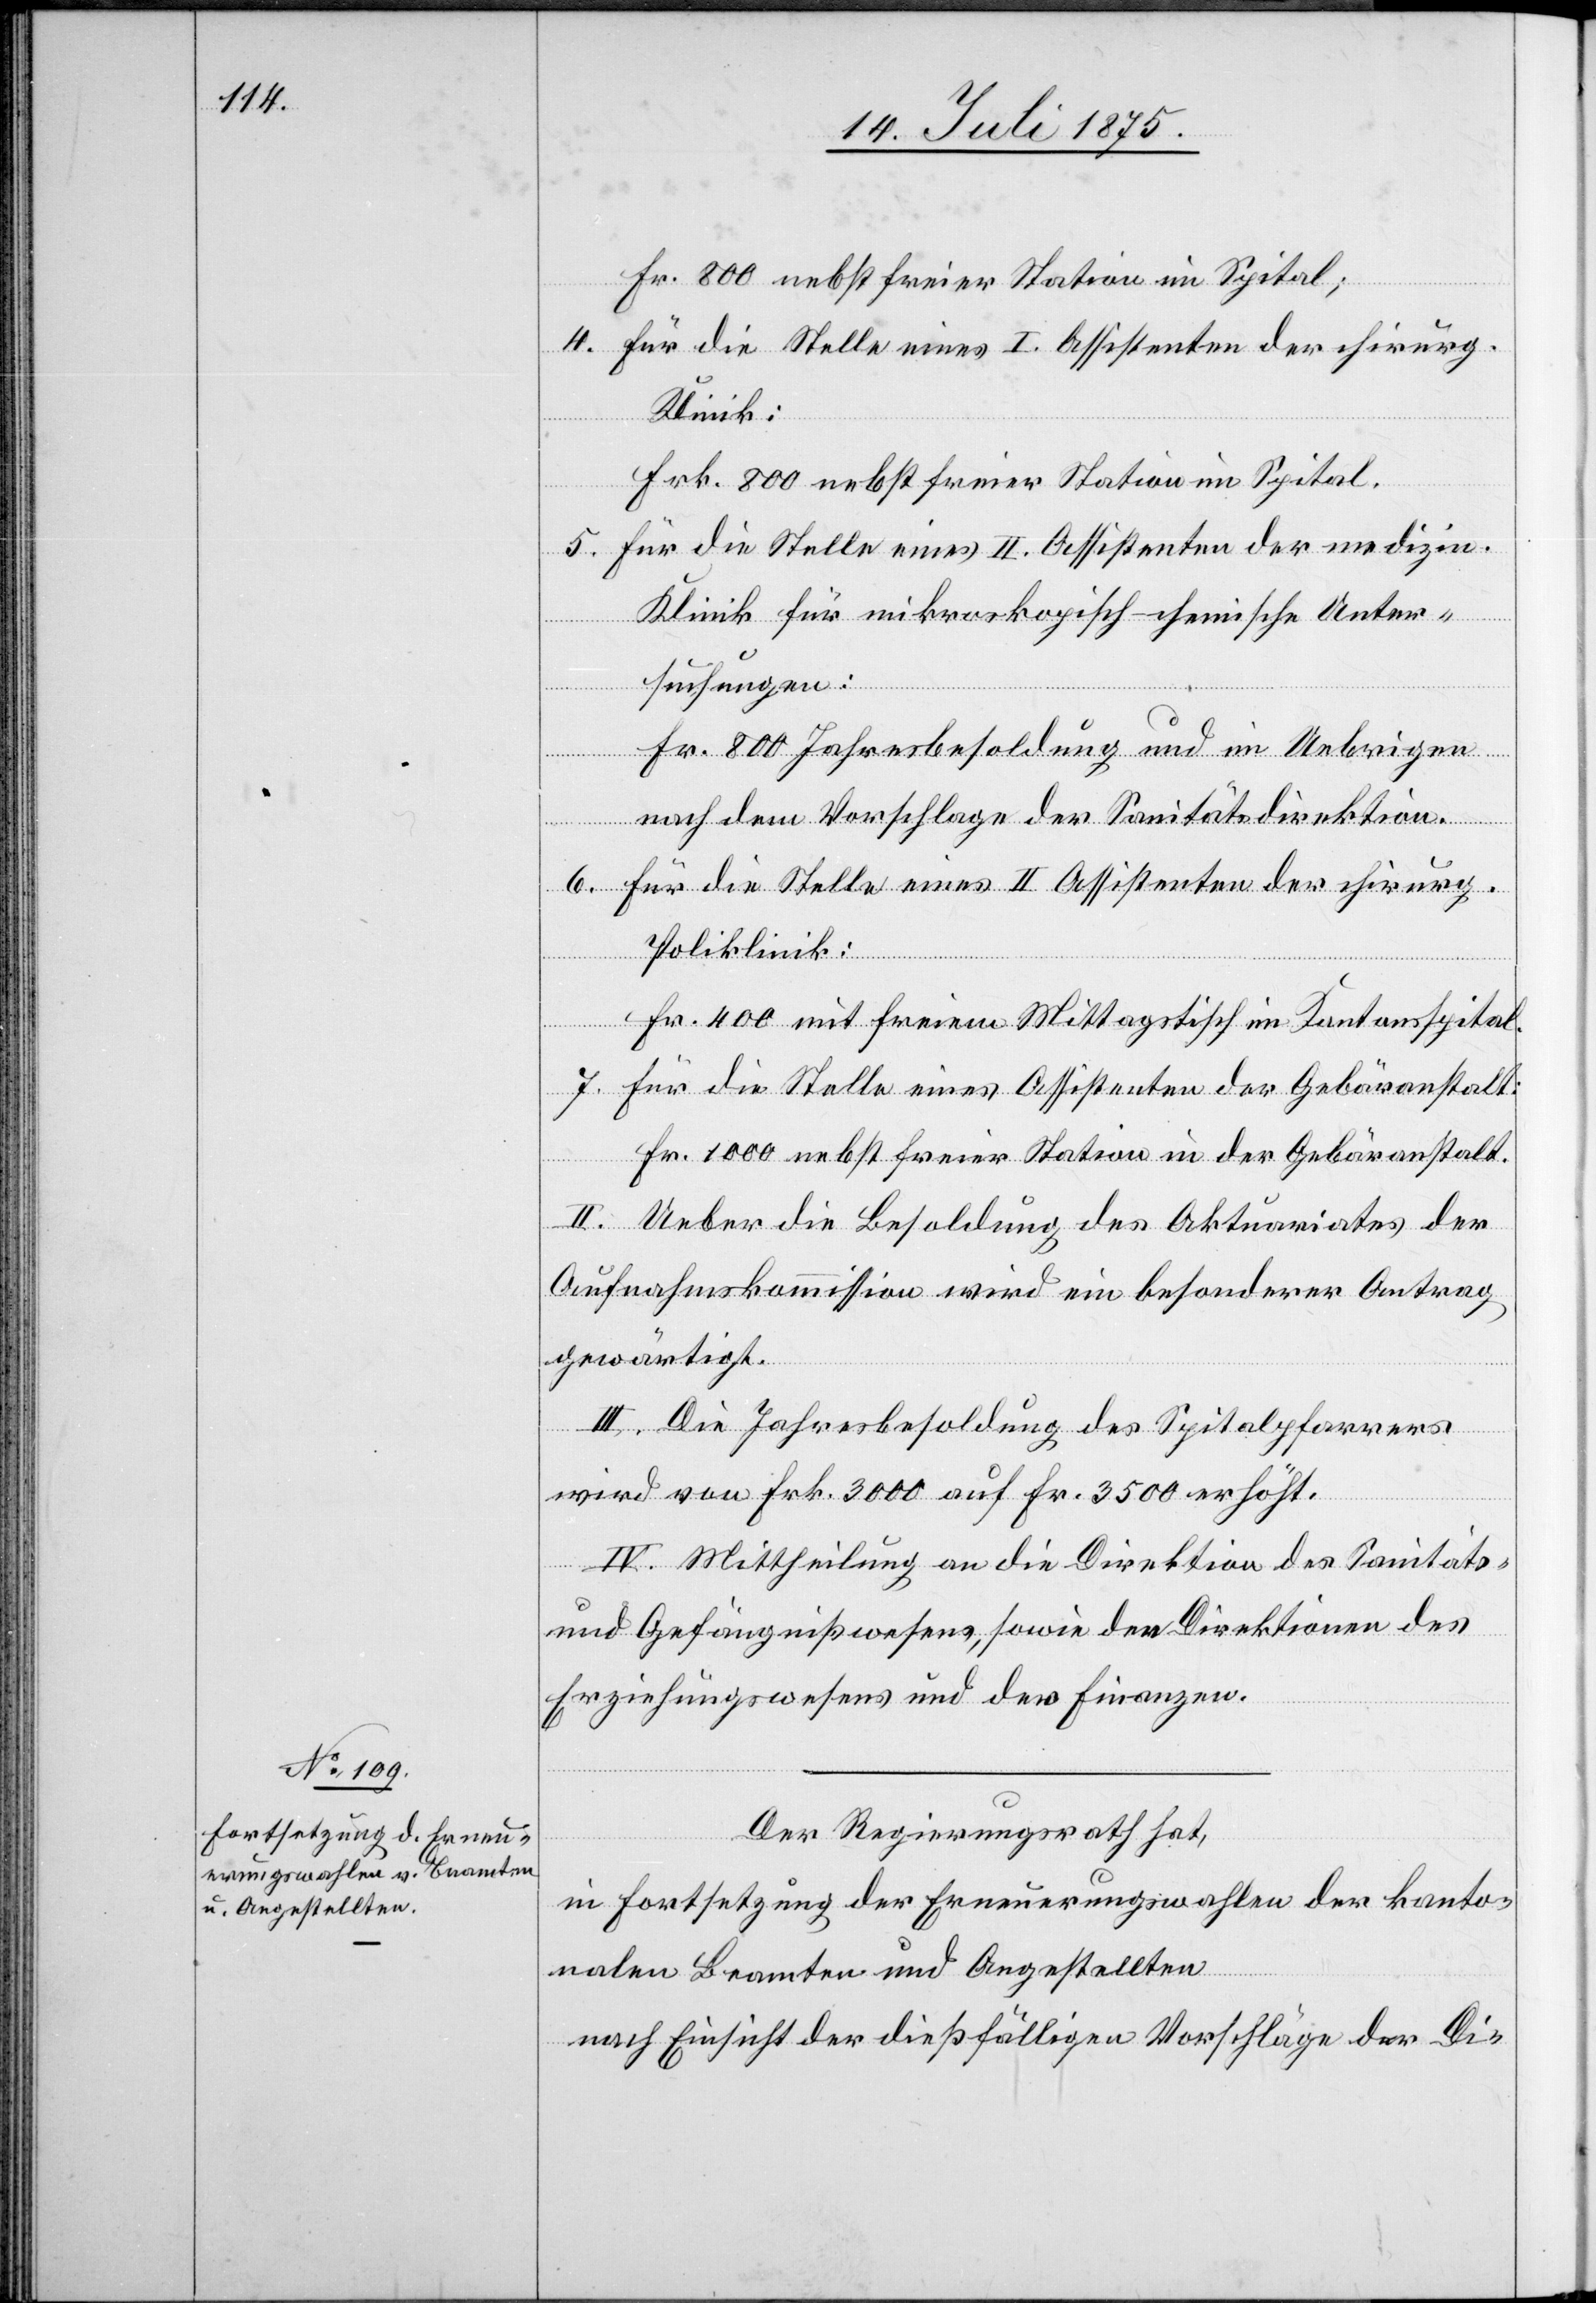
Fr. 800 nebst freier Station im Spital;
4. Für die Stelle eines I. Assistenten der chirurg.
Klinik:
Frk. 800 nebst freier Station im Spital.
5. Für die Stelle eines II. Assistenten der medizin.
Klinik für mikroskopisch-chemische Unter¬
suchungen:
Fr. 800 Jahresbesoldung und im Uebrigen
nach dem Vorschlage des Sanitätsdirektion.
6. Für die Stelle eines II. Assistenten der chirurg.
Poliklinik:
Fr. 400 mit freiem Mittagstisch im Kantonsspital.
7. Für die Stelle eines Assistenten der Gebäranstalt:
Fr. 1000 nebst freier Station in der Gebäranstalt.
II. Ueber die Besoldung des Aktuariates der
Aufnahmskommission wird ein besonderer Antrag
gewärtigt.
III. Die Jahresbesoldung des Spitalpfarrers
wird von Frk. 3000 auf Fr. 3500 erhöht.
IV. Mittheilung an die Direktion des Sanitäts-
und Gefängnißwesens, sowie den Direktionen des
Erziehungswesens und der Finanzen.
Der Regierungsrath hat,
in Fortsetzung der Erneuerungswahlen der kanto¬
nalen Beamten und Angestellten
nach Einsicht der dießfälligen Vorschläge der Di-